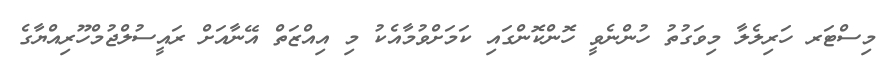
މިސްޓަރ ހަރިލެލާ މިވަގުތު ހުންނެވީ ހޮންކޮންގައި ކަމަށްވުމާއެކު މި އިއްޒަތް އޭނާއަށް ރައީސުލްޖުމްހޫރިއްޔާގެ